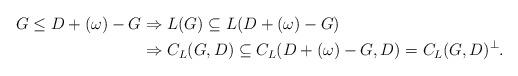
LaTeX: \begin{align*}G \leq D+(\omega)-G &\Rightarrow L(G) \subseteq L(D+(\omega)-G)\\ &\Rightarrow C_{ L}(G,D) \subseteq C_{ L}(D+(\omega)-G,D)=C_{ L}(G,D)^\perp. \end{align*}